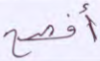
أفصح